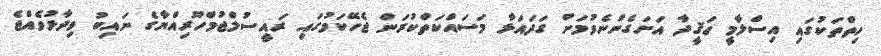
ހިތްތަކުގައި އިސްލާމީ ޢަޤީދާ އަށަގެންނެވުމަށް ގަދައަޅާ މަސައްކަތްކުރަން ޖެހޭކަމުގައި ރައީސުލްޖުމްހޫރިއްޔާގެ ނައިބު ވިދާޅުވެއްޖެ